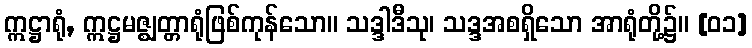
ဣဋ္ဌာရုံ, ဣဋ္ဌမဇ္ဈတ္တာရုံဖြစ်ကုန်သော။ သဒ္ဒါဒီသု၊ သဒ္ဒအစရှိသော အာရုံတို့၌။ [၀၁]